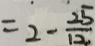
= 2 - \frac { 2 5 } { 1 2 }